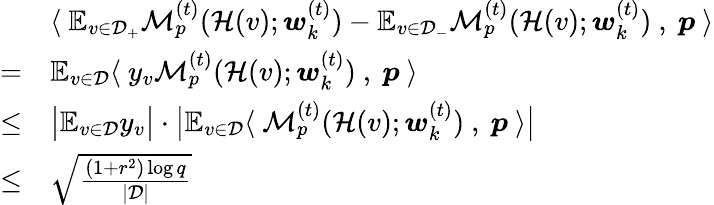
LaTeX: \begin{array}{rl}&{\langle~\mathbb{E}_{v\in\mathcal{D}_{+}}\mathcal{M}_{p}^{(t)}(\mathcal{H}(v);{\boldsymbol w}_{k}^{(t)})-\mathbb{E}_{v\in\mathcal{D}_{-}}\mathcal{M}_{p}^{(t)}(\mathcal{H}(v);{\boldsymbol w}_{k}^{(t)})~,~{\boldsymbol p}~\rangle}\\ {=}&{\mathbb{E}_{v\in\mathcal{D}}\langle~y_{v}\mathcal{M}_{p}^{(t)}(\mathcal{H}(v);{\boldsymbol w}_{k}^{(t)})~,~{\boldsymbol p}~\rangle}\\ {\le}&{\big|\mathbb{E}_{v\in\mathcal{D}}y_{v}\big|\cdot\big|\mathbb{E}_{v\in\mathcal{D}}\langle~\mathcal{M}_{p}^{(t)}(\mathcal{H}(v);{\boldsymbol w}_{k}^{(t)})~,~{\boldsymbol p}~\rangle\big|}\\ {\le}&{\sqrt{\frac{(1+r^{2})\log q}{|\mathcal{D}|}}}\end{array}